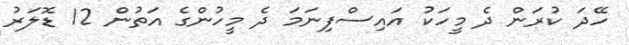
ހޭދަ ކުރަން ދެ މީހަކު އައިސްފިނަމަ ދެ މީހުންގެ އަތުން 12 ޑޮލަރު